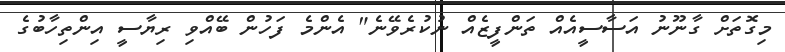
މިގޮތަށް ގާނޫނު އަސާސީއެއް ތަންފީޒެއް ނުކުރެވޭނެ" އެންމެ ފަހުން ބޭއްވި ރިޔާސީ އިންތިހާބުގެ